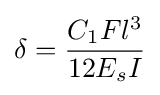
\delta ={\frac {C_{1}Fl^{3}}{12E_{s}I}}